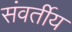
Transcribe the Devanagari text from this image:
संवर्तीय